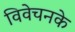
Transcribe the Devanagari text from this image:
विवेचनके